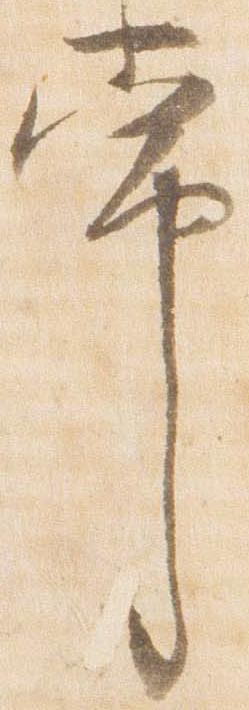
常